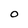
Character: O